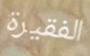
الفقيرة